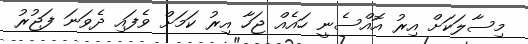
މިސާލަކަށް އިރު އޮއްސެނީ ހައެއް ޖަހާ އިރު ކަމަށް ވެފައި ދެވަނަ ފަޖުރު